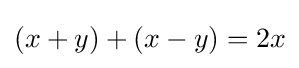
(x+y)+(x-y)=2x